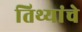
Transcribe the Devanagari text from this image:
तिथ्यांचे